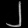
Digit: ၂